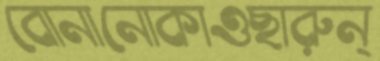
বোনানোকাওছারুন্